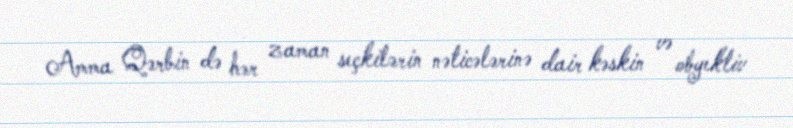
Amma Qərbin də hər zaman seçkilərin nəticələrinə dair kəskin və obyektiv